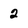
Character: 2